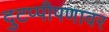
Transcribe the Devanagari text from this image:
दुटप्पीपणावर